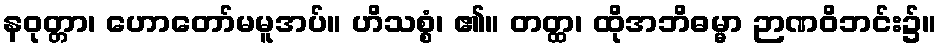
နဝုတ္တာ၊ ဟောတော်မမူအပ်။ ဟိသစ္စံ၊ ၏။ တတ္ထ၊ ထိုအဘိဓမ္မာ ဉာဏဝိဘင်း၌။